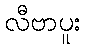
လီဗာပူး